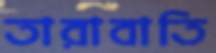
তারাবাতি